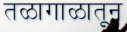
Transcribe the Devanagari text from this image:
तळागाळातून